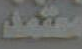
معتمد